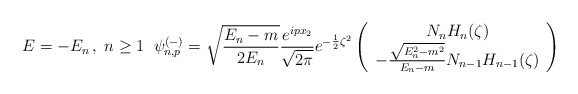
\begin{align*}E= -E_n \, , \; n \geq 1 \; \; \psi^{(-)}_{n,p} = \sqrt{\frac {E_n-m} {2 E_n}} \frac {e^{i p x_2}} {\sqrt {2 \pi}} e^{-\frac {1} {2} {\zeta}^2} \left( \begin{array}{c} N_n H_n(\zeta) \\- \frac {\sqrt{E_n^2-m^2}} {E_n-m} N_{n-1} H_{n-1}(\zeta)\end{array} \right)\end{align*}